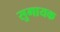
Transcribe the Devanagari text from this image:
सुगायक